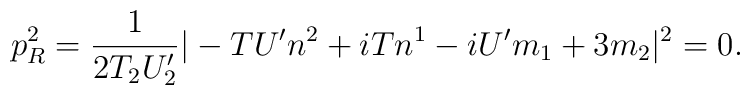
p_{R}^{2} = \frac{1}{2T_{2}U^{\prime}_{2}}|-{T}U^{\prime}n^{2} + i{T} n^{1}-iU^{\prime}m_{1} + 3 m_{2}|^{2} = 0.